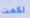
لكمت